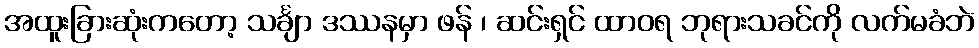
အထူးခြားဆုံးကတော့ သင်္ချာ ဒဿနမှာ ဖန် ၊ ဆင်းရှင် ထာဝရ ဘုရားသခင်ကို လက်မခံဘဲ